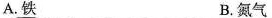
A.铁 B.氮气